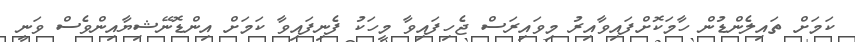
ކަމަށް ތައިލެންޑުން ހާމަކޮށްފައިވާއިރު މިވައިރަސް ޖެހިފައިވާ މީހަކު ފެނިފައިވާ ކަމަށް އިންޑޮނޭޝިޔާއިންވެސް ވަނީ